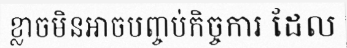
ខ្លាចមិនអាចបញ្ចប់កិច្ចការ ដែល